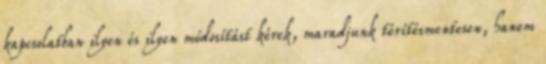
kapcsolatban ilyen és ilyen módosítást kérek, maradjunk térítésmentesen, hanem